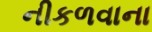
નીકળવાના